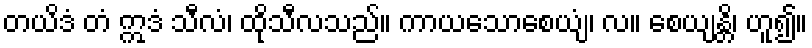
တယိဒံ တံ ဣဒံ သီလံ၊ ထိုသီလသည်။ ကာယသောစေယျံ၊ လ။ စေယျန္တိ၊ ဟူ၍။